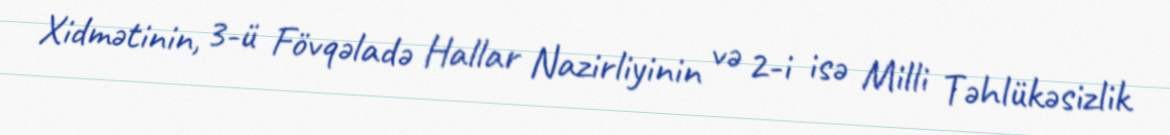
Xidmətinin, 3-ü Fövqəladə Hallar Nazirliyinin və 2-i isə Milli Təhlükəsizlik